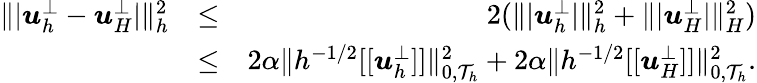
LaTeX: \begin{array}{rlr}{\| \vert\boldsymbol{u}_{h}^{\bot}-\boldsymbol{u}_{H}^{\bot}\vert\| _{h}^{2}}&{\leq}&{2(\| \vert\boldsymbol{u}_{h}^{\bot}\vert\| _{h}^{2}+\| \vert\boldsymbol{u}_{H}^{\bot}\vert\| _{H}^{2})}\\ &{\leq}&{2\alpha\| h^{-1/2}[[\boldsymbol{u}_{h}^{\bot}]]\| _{0,\mathcal{T}_{h}}^{2}+2\alpha\| h^{-1/2}[[\boldsymbol{u}_{H}^{\bot}]]\| _{0,\mathcal{T}_{h}}^{2}.}\end{array}